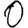
Digit: 0